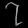
Digit: ၇